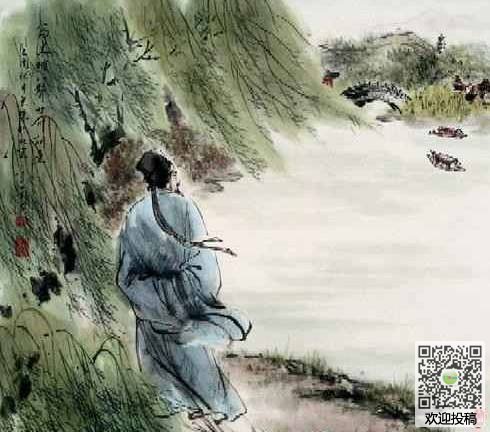
记玉关踏雪事清游，寒气脆貂裘。